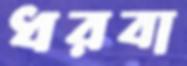
ধরবা